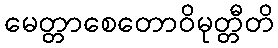
မေတ္တာစေတောဝိမုတ္တီတိ